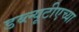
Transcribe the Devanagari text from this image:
डब्ल्यूटीएच्या